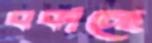
বকাচ্ছে